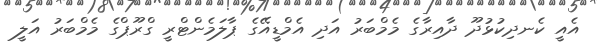
އެއީ ކެނދިކުޅުދޫ ދާއިރާގެ މެމްބަރު އަދި އެމްޑީއޭގެ ޕާލަމެންޓްރީ ގްރޫޕްގެ މެމްބަރު އަލީ